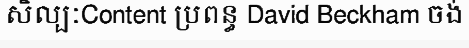
សិល្បៈContent ប្រពន្ធ David Beckham ចង់